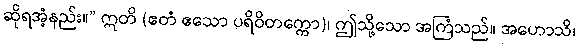
ဆိုရအံ့နည်း။” ဣတိ (ဧတံ ဧသော ပရိဝိတက္ကော)၊ ဤသို့သော အကြံသည်။ အဟောသိ၊